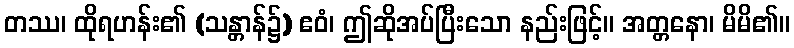
တဿ၊ ထိုရဟန်း၏ (သန္တာန်၌) ဧဝံ၊ ဤဆိုအပ်ပြီးသော နည်းဖြင့်။ အတ္တနော၊ မိမိ၏။